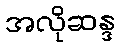
အလိုဆန္ဒ